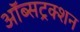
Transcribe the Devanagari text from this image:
ऑब्सट्रक्शन